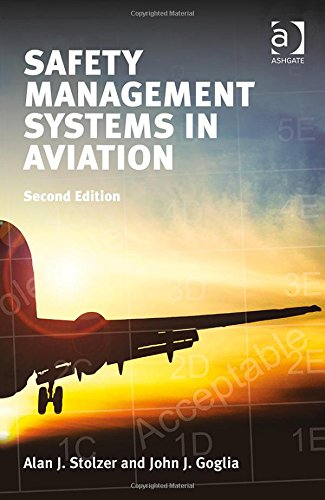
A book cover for Safety Management Systems in Aviation; Alan J. Stolzer; Business & Money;